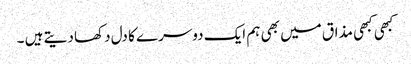
کبھی کبھی مذاق میں بھی ہم ایک دوسرے کا دل دکھا دیتے ہیں ۔